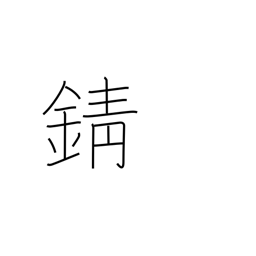
Meaning: tarnish